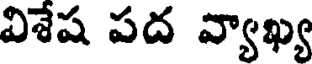
విశేష పద వ్యాఖ్య